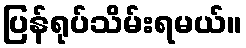
ပြန်ရုပ်သိမ်းရမယ်။